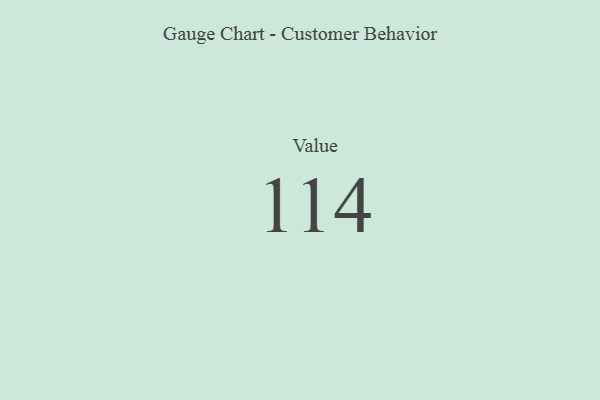
{"axis": {"x": "Metric", "y": "Value"}, "legend": [""], "data": [{"x": "Value", "y": 114, "type": ""}]}